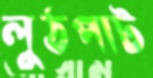
লুঠপাট